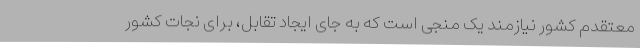
معتقدم کشور نیازمند یک منجی است که به جای ایجاد تقابل، برای نجات کشور